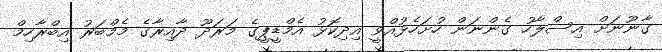
ގާނޫނަށް އިސްލާހު ގެންނަން ހުށަހެޅުއްވީ އިދިކޮޅު އެމްޑީޕީގެ މަރަދޫ ދާއިރާގެ މެމްބަރު އިބްރާހިމް